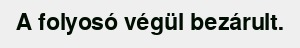
A folyosó végül bezárult.